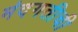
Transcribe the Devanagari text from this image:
मंदगतीची